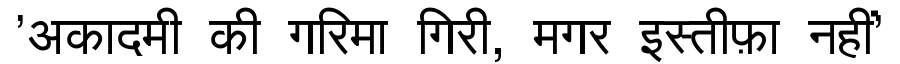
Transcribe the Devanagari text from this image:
'अकादमी की गरिमा गिरी, मगर इस्तीफ़ा नहीं'